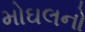
મોઘલનો